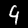
Label: 4